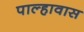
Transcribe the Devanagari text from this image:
पाल्हावास